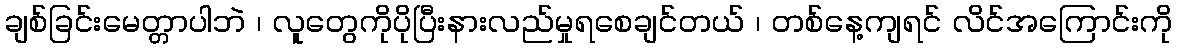
ချစ်ခြင်းမေတ္တာပါဘဲ ၊ လူတွေကိုပိုပြီးနားလည်မှုရစေချင်တယ် ၊ တစ်နေ့ကျရင် လိင်အကြောင်းကို